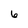
Character: 6